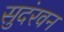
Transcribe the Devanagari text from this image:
सुदंरवन